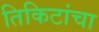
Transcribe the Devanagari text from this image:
तिकिटांचा